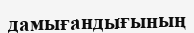
дамығандығының